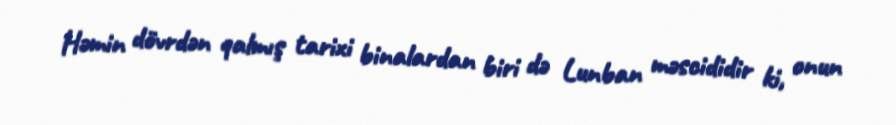
Həmin dövrdən qalmış tarixi binalardan biri də Lunban məscididir ki, onun